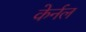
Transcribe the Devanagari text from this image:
केर्नल